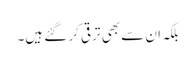
بلکہ ان سے بھی ترقی کر گئے ہیں۔